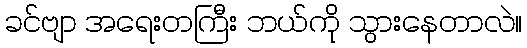
ခင်ဗျာ အရေးတကြီး ဘယ်ကို သွားနေတာလဲ။